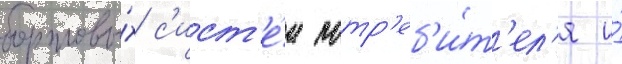
бортовы́х с'ист'е́м потр'еб'и́т'ел'я и́